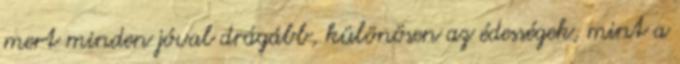
mert minden jóval drágább, különösen az édességek, mint a